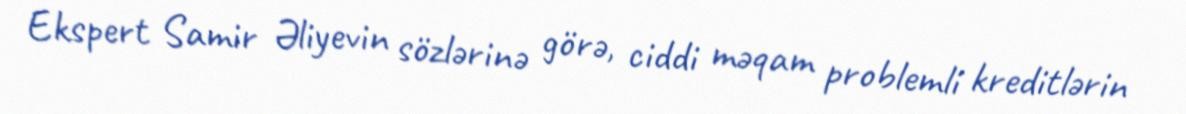
Ekspert Samir Əliyevin sözlərinə görə, ciddi məqam problemli kreditlərin